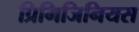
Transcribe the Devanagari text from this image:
प्रिमिजिनियस